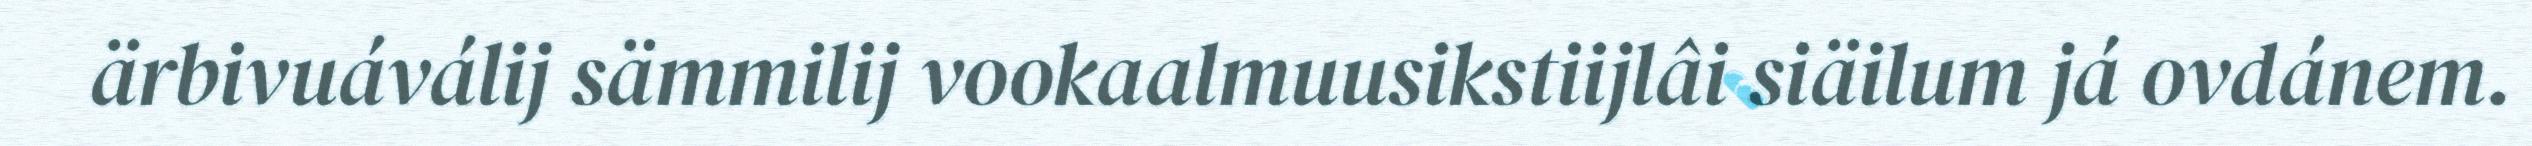
ärbivuáválij sämmilij vookaalmuusikstiijlâi siäilum já ovdánem.